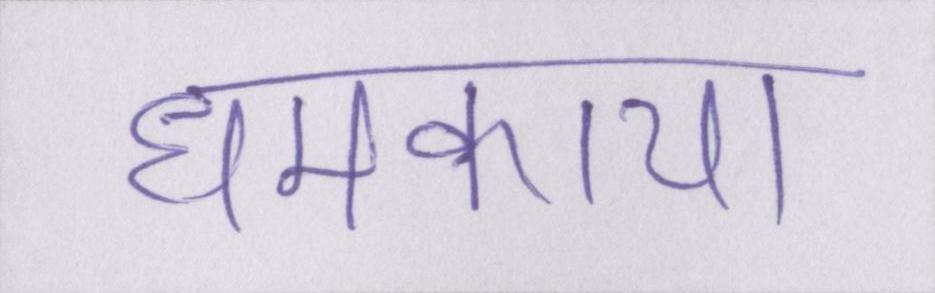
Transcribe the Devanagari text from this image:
धमकाया